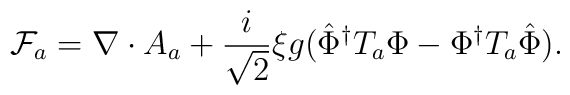
{\cal F}_{a}=\nabla \cdot A_{a}+\frac{i}{\sqrt{2}}\xi g(\hat{\Phi}^{\dagger}T_{a}\Phi -\Phi ^{\dagger }T_{a}\hat{\Phi}).